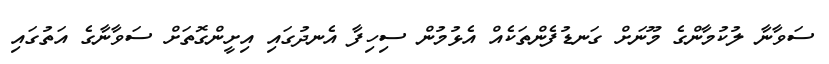
ސަވާނާ ލުކުމާންގެ މޫނަށް ގަނޑުފެންތަކެއް އެޅުމުން ސިހިފާ އެނދުގައި އިށީންގޮތަށް ސަވާނާގެ އަތުގައި